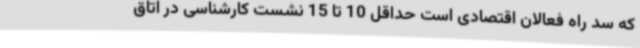
که سد راه فعالان اقتصادی است حداقل 10 تا 15 نشست کارشناسی در اتاق